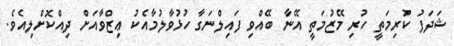
ޝަދަފު ކުރިމަތީ ހުރި މޭޒުމަތީ އޭނާ ބޭއްވި ފައިލްނަގާ ހުޅުވާލުމާއެކު ޢިޒްވާއަށް ދިއްކޮށްލިއެވެ.